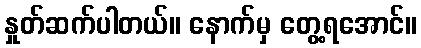
နှုတ်ဆက်ပါတယ်။ နောက်မှ တွေ့ရအောင်။